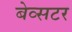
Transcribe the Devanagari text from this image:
बेव्सटर